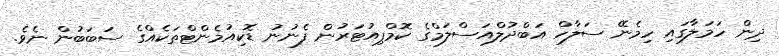
ދިން ހަމަލާގައި ހިމެނޭ ސަލާހް އަބްދުލްއަސްލަމްގެ ކޮމްޕިއުޓަރުން ފެނުނު ޑޮކިއުމެންޓްތަކެއްގެ ސަބަބުން ނެވެ.